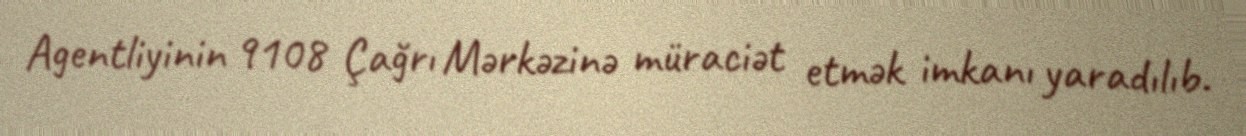
Agentliyinin 9108 Çağrı Mərkəzinə müraciət etmək imkanı yaradılıb.